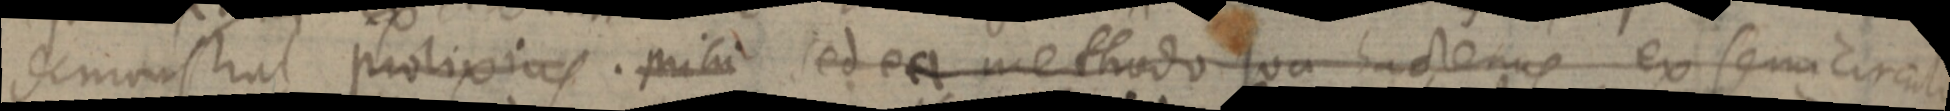
demonstrat prolixius. mihi sed ea methodo va hactenus ex semicirculi